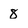
Character: 8